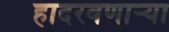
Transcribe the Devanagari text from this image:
हादरवणार्‍या